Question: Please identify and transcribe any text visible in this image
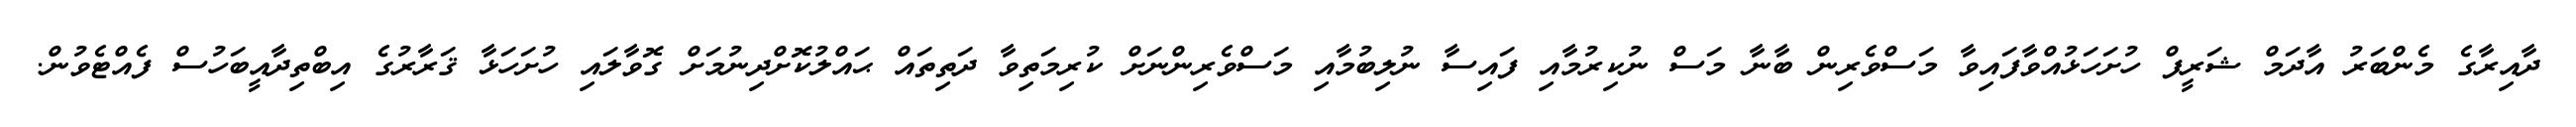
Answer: ދާއިރާގެ މެންބަރު އާދަމް ޝަރީފް ހުށަހަޅުއްވާފައިވާ މަސްވެރިން ބާނާ މަސް ނުކިރުމާއި ފައިސާ ނުލިބުމާއި މަސްވެރިންނަށް ކުރިމަތިވާ ދަތިތައް ޙައްލުކޮށްދިނުމަށް ގޮވާލައި ހުށަހަޅާ ޤަރާރުގެ އިބްތިދާއީބަހުސް ފެއްޓެވުން.